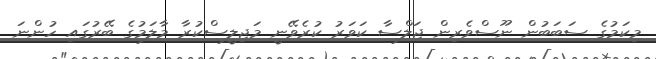
މިކަމުގެ ސަބަބުން ނޫސްވެރިން ޖަލްސާ ކަވަރު ކުރެވޭނީ މަޖިލީސްކުރާ މާލަމުގެ ބޭރުގައި ހުންނަަ